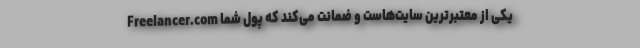
Freelancer.com یکی از معتبرترین سایت‌هاست و ضمانت می‌کند که پول شما